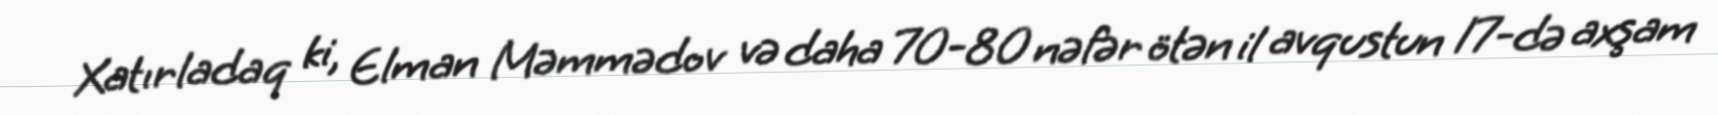
Xatırladaq ki, Elman Məmmədov və daha 70-80 nəfər ötən il avqustun 17-də axşam